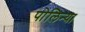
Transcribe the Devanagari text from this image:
पोलिन्या